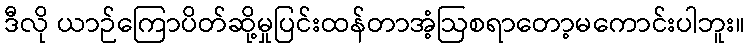
ဒီလို ယာဉ်ကြောပိတ်ဆို့မှုပြင်းထန်တာအံ့ဩစရာတော့မကောင်းပါဘူး။